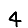
Digit: 4